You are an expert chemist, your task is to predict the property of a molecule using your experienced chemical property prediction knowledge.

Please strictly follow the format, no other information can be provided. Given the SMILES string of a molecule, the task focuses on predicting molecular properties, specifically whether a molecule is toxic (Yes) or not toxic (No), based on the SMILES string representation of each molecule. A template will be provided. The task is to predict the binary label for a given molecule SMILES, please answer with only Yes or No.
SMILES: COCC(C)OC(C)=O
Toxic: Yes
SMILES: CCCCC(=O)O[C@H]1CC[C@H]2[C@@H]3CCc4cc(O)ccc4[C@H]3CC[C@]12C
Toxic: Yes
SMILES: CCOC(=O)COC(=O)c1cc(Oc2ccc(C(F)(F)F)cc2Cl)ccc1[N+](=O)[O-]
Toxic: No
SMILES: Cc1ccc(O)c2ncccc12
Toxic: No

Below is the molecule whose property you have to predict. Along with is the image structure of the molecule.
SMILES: [NH3+]c1ccccc1
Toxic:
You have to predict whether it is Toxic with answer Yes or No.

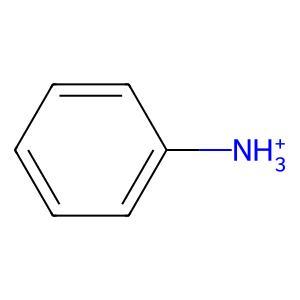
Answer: No